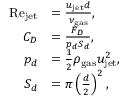
\begin{array} { r l } { \mathrm { R e } _ { \mathrm { j e t } } } & { = \frac { u _ { \mathrm { j e t } } d } { \nu _ { \mathrm { g a s } } } , } \\ { C _ { D } } & { = \frac { F _ { D } } { p _ { d } S _ { d } } , } \\ { p _ { d } } & { = \frac { 1 } { 2 } \rho _ { \mathrm { g a s } } u _ { \mathrm { j e t } } ^ { 2 } , } \\ { S _ { d } } & { = \pi \left( \frac { d } { 2 } \right) ^ { 2 } , } \end{array}